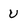
Character: U